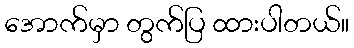
အောက်မှာ တွက်ပြ ထားပါတယ်။